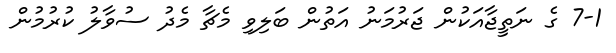
7-1 ގެ ނަތީޖާއަކުން ޖަރުމަނު އަތުން ބަލިވި މެޗާ މެދު ސުވާލު ކުރުމުން